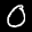
Label: 0